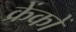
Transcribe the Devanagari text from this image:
क्रेंकों